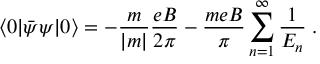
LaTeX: \langle 0 | { \bar { \psi } } \psi | 0 \rangle = - \frac { m } { | m | } \frac { e B } { 2 \pi } - \frac { m e B } { \pi } \sum _ { n = 1 } ^ { \infty } \frac { 1 } { E _ { n } } \; .